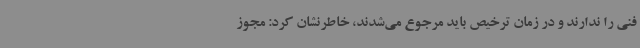
فنی را ندارند و در زمان ترخیص باید مرجوع می‌شدند، خاطرنشان کرد: مجوز